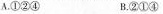
A.①②④ B.②①④